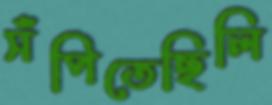
সঁপিতেছিলি